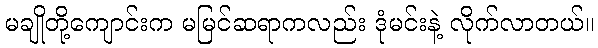
မချိုတို့ကျောင်းက မမြင်ဆရာကလည်း ဒုံမင်းနဲ့ လိုက်လာတယ်။